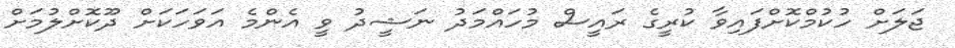
ޖަލަށް ހުކުމްކޮށްފައިވާ ކުރީގެ ރައީސް މުހައްމަދު ނަޝީދު ވީ އެންމެ އަވަހަކަށް ދޫކޮށްލުމަށް